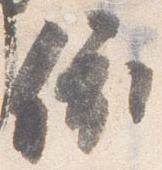
依